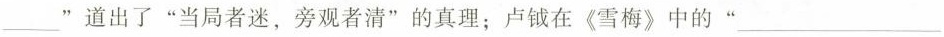
___”道出了“当局者迷，旁观者清”的真理；卢钺在《雪梅》中的“___